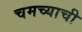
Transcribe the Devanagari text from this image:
चमच्याची